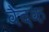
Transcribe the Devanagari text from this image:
वैदक